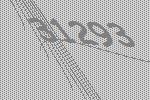
31293